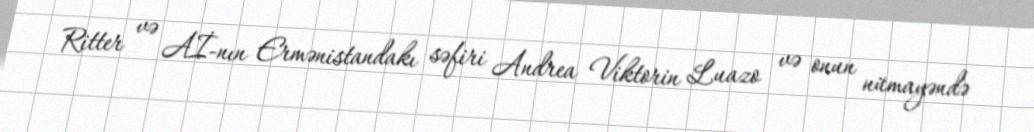
Ritter və Aİ-nın Ermənistandakı səfiri Andrea Viktorin Luazo və onun nümayəndə